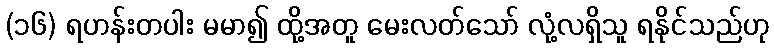
(၁၆) ရဟန်းတပါး မမာ၍ ထို့အတူ မေးလတ်သော် လုံ့လရှိသူ ရနိုင်သည်ဟု